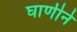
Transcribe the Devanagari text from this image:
घाणीने